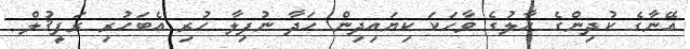
އޭނާގެ ކުދިންގެ ހާލުގެ ވާހަކަ ކިޔައިދިން ހަދާ ނުފިލާ ހުރި އެބަހުރި ރަފީޤުލް